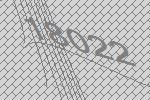
18022